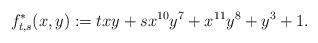
LaTeX: \begin{gather*} {f}^*_{t,s}(x,y):=t x y + s x^{10} y^{7} + x^{11} y^{8} + y^{3} + 1.\end{gather*}